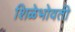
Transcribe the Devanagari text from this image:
शिळेभोवती